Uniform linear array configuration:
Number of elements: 12
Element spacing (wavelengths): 0.75
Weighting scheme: kaiser
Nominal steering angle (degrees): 0
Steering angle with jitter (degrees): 1.237
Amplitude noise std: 0.05
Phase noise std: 0.05

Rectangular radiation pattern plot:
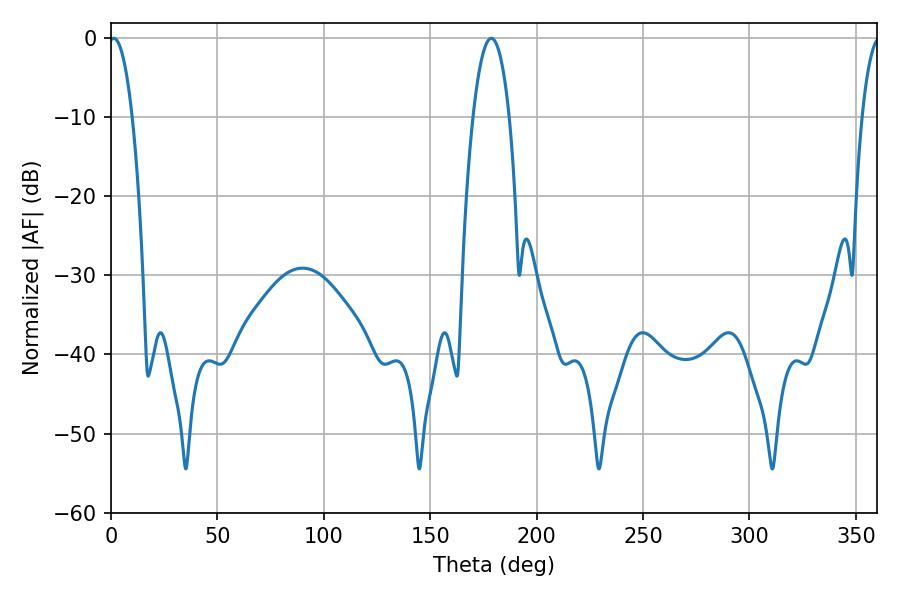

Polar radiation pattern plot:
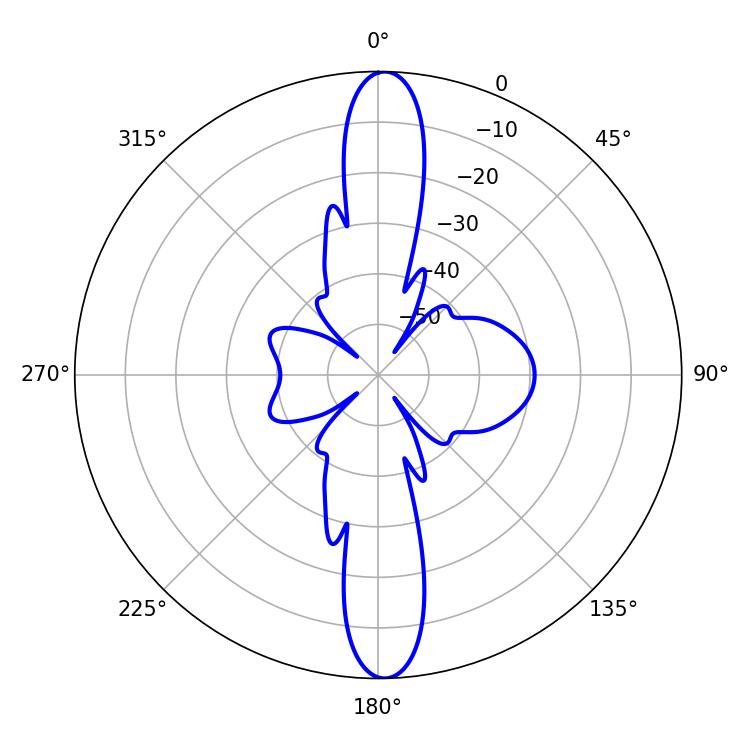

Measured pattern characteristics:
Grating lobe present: TRUE
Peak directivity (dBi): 23.5
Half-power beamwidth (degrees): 6.12
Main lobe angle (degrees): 1.26